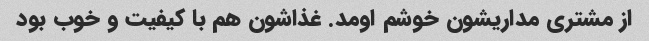
از مشتری مداریشون خوشم اومد. غذاشون هم با کیفیت و خوب بود